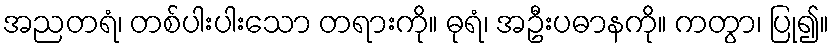
အညတရံ၊ တစ်ပါးပါးသော တရားကို။ ဓုရံ၊ အဦးပဓာနကို။ ကတွာ၊ ပြု၍။